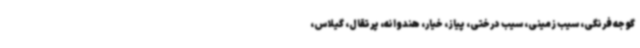
گوجه فرنگی، سیب زمینی، سیب درختی، پیاز، خیار، هندوانه، پرتقال، گیلاس،